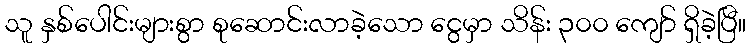
သူ နှစ်ပေါင်းများစွာ စုဆောင်းလာခဲ့သော ငွေမှာ သိန်း ၃၀၀ ကျော် ရှိခဲ့ပြီ။